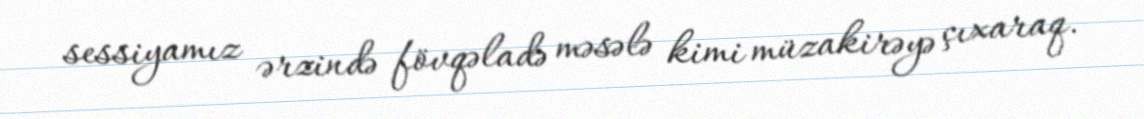
sessiyamız ərzində fövqəladə məsələ kimi müzakirəyə çıxaraq.